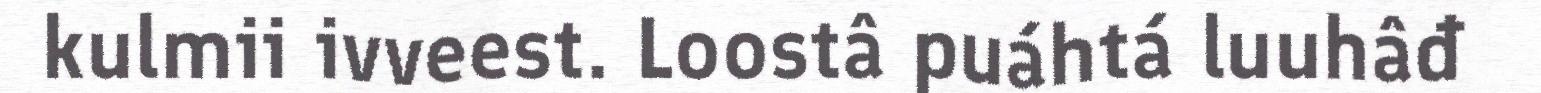
kulmii ivveest. Loostâ puáhtá luuhâđ